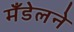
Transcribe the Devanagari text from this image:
मँडेलने